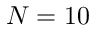
N = 1 0